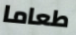
طعاما